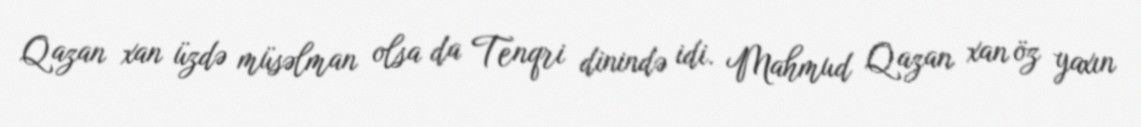
Qazan xan üzdə müsəlman olsa da Tenqri dinində idi. Mahmud Qazan xan öz yaxın